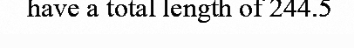
have a total length of 244.5